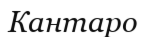
Кантаро